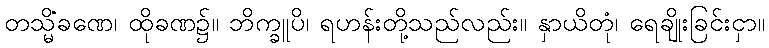
တသ္မိံခဏေ၊ ထိုခဏ၌။ ဘိက္ခူပိ၊ ရဟန်းတို့သည်လည်း။ နှာယိတုံ၊ ရေချိုးခြင်းငှာ။